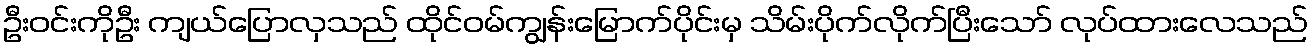
ဦးဝင်းကိုဦး ကျယ်ပြောလှသည် ထိုင်ဝမ်ကျွန်းမြောက်ပိုင်းမှ သိမ်းပိုက်လိုက်ပြီးသော် လုပ်ထားလေသည်